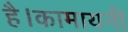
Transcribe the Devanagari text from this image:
है।कामायनी